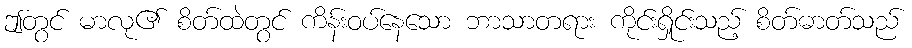
ဤတွင် မာလု၏ စိတ်ထဲတွင် ကိန်းဝပ်နေသော ဘာသာတရား ကိုင်းရှိုင်းသည့် စိတ်ဓာတ်သည်